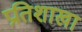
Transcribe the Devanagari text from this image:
प्रतिशाखा